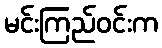
မင်းကြည်ဝင်းက